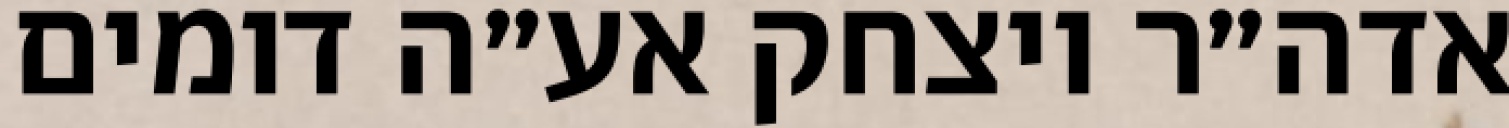
אדה״ר ויצחק אע״ה דומים